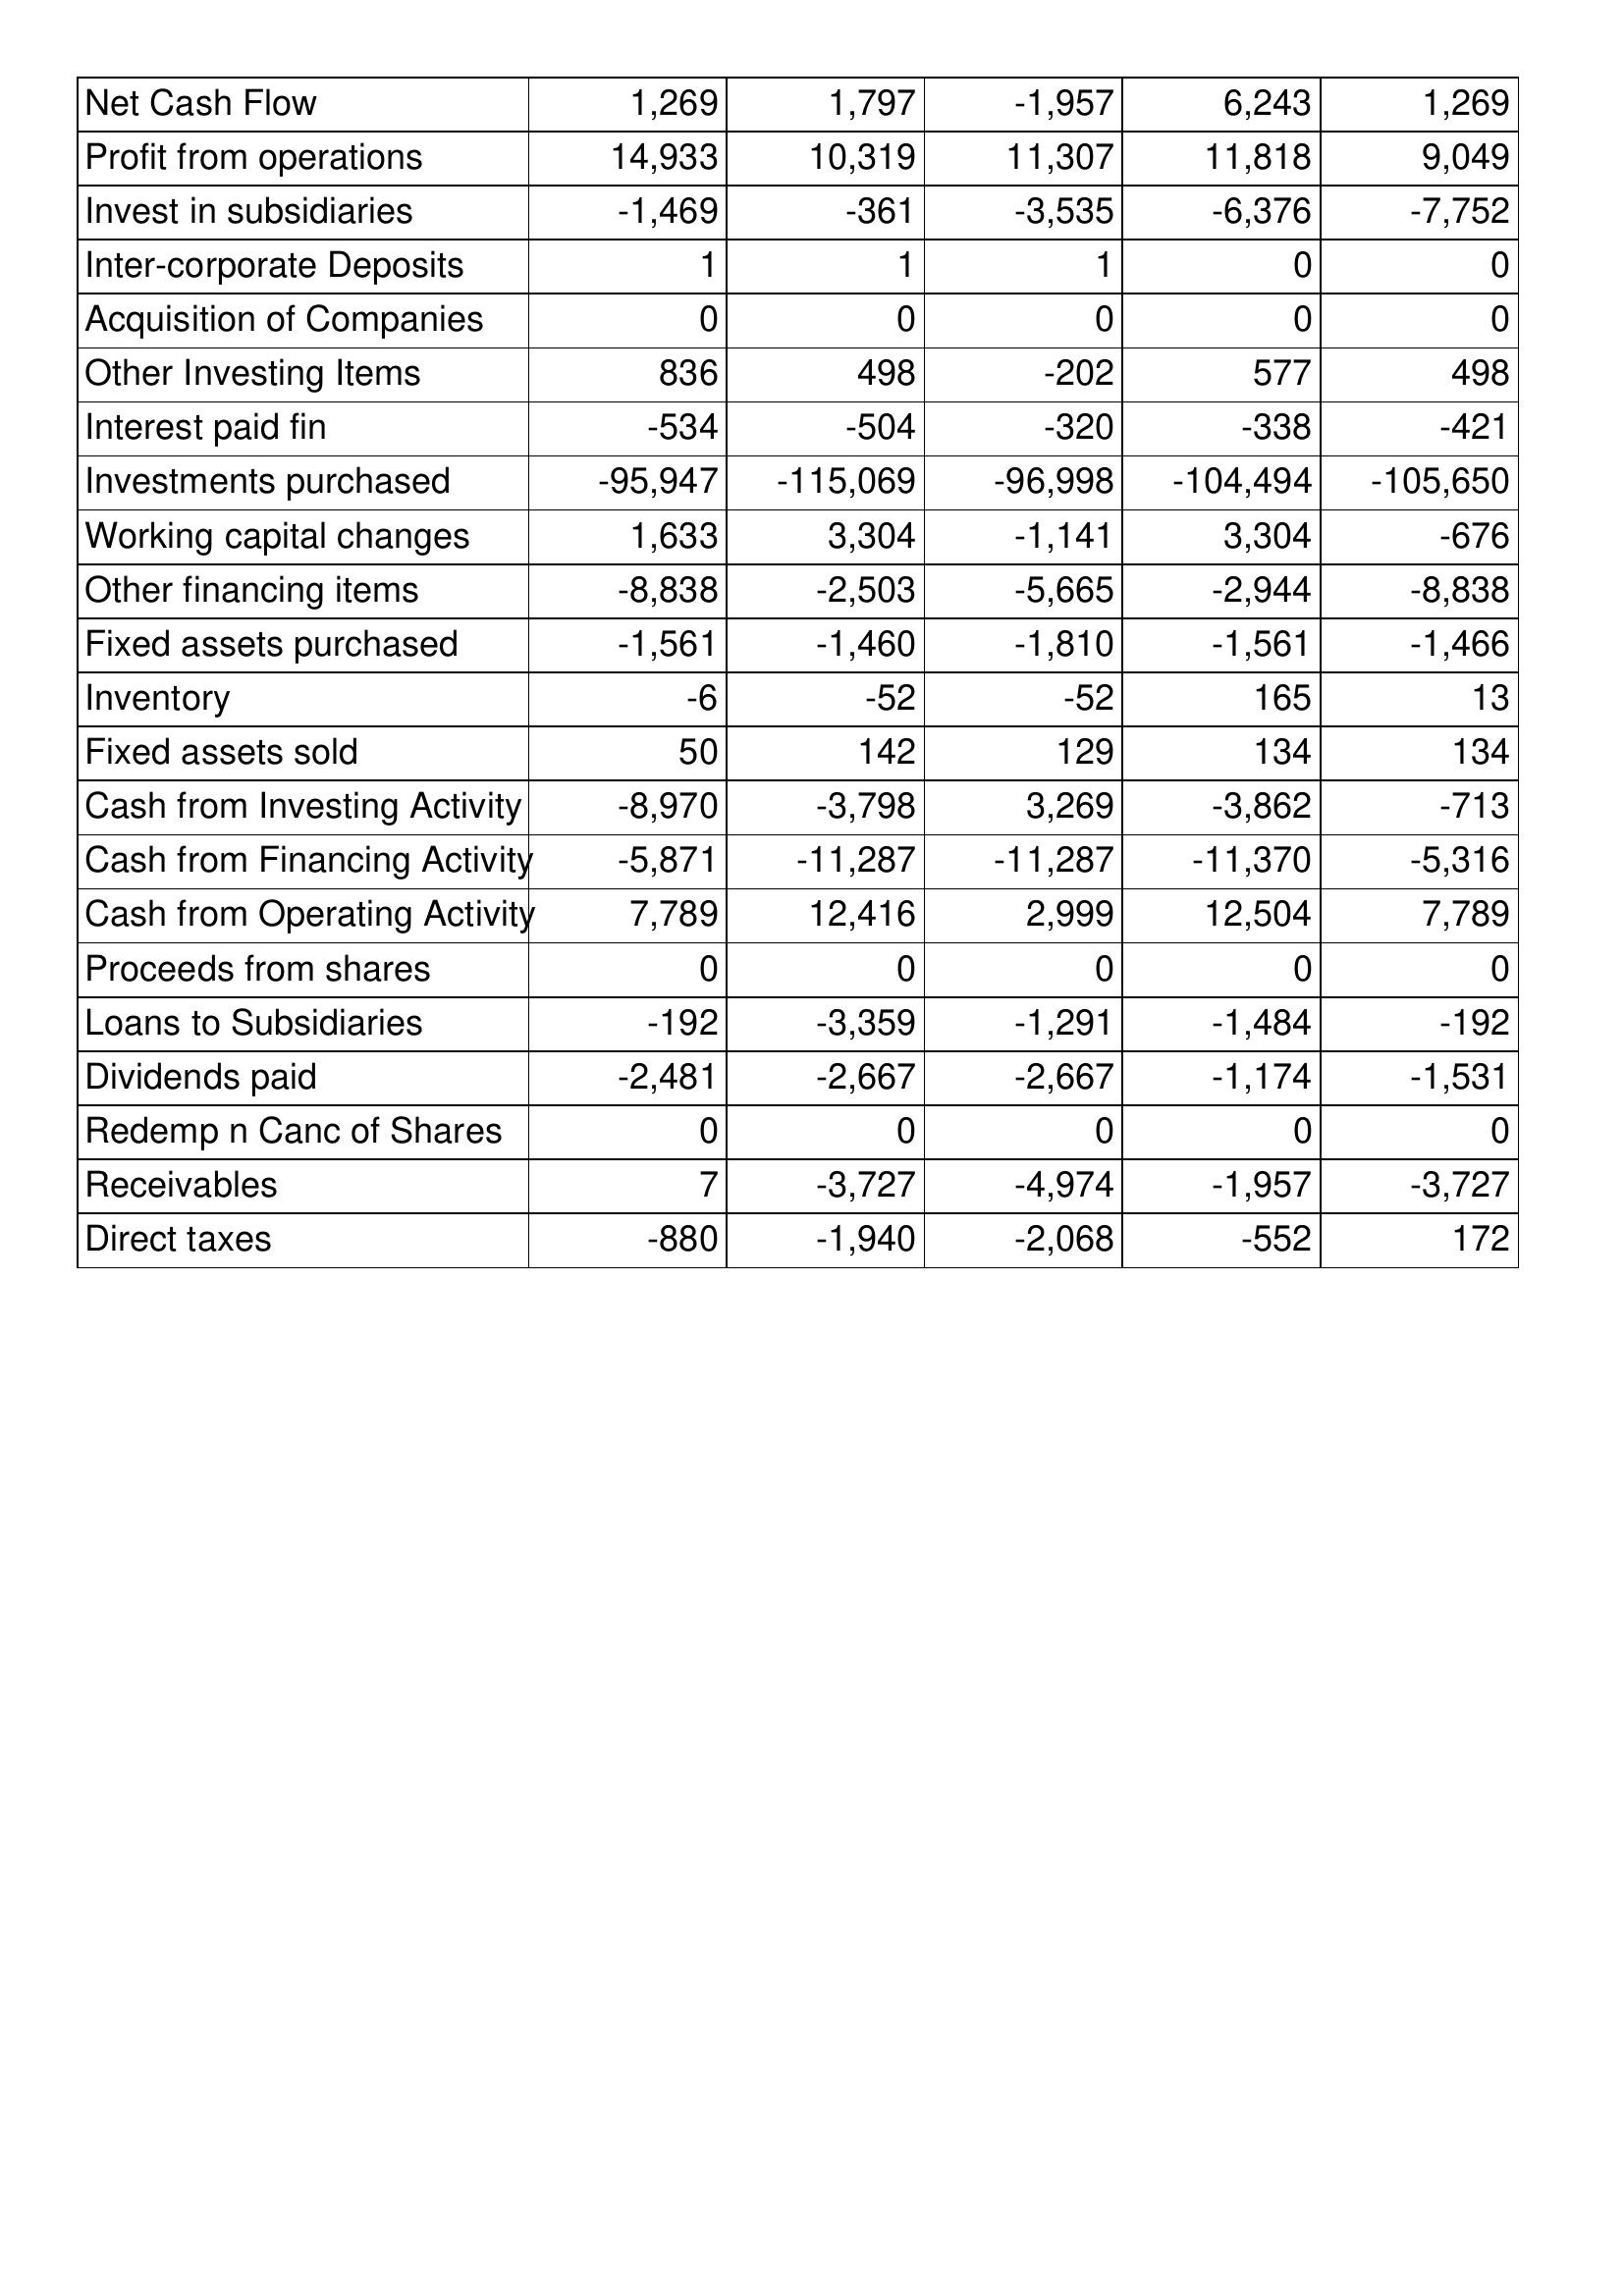
Mar-95: Cash Flows: Net Cash Flow: 1,269
Profit from operations: 14,933
Invest in subsidiaries: -1,469
Inter-corporate Deposits: 1
Acquisition of Companies: 0
Other Investing Items: 836
Interest paid fin: -534
Investments purchased: -95,947
Working capital changes: 1,633
Other financing items: -8,838
Fixed assets purchased: -1,561
Inventory: -6
Fixed assets sold: 50
Cash from Investing Activity: -8,970
Cash from Financing Activity: -5,871
Cash from Operating Activity: 7,789
Proceeds from shares: 0
Loans to Subsidiaries: -192
Dividends paid: -2,481
Redemp n Canc of Shares: 0
Receivables: 7
Direct taxes: -880
Mar-94: Cash Flows: Net Cash Flow: 1,797
Profit from operations: 10,319
Invest in subsidiaries: -361
Inter-corporate Deposits: 1
Acquisition of Companies: 0
Other Investing Items: 498
Interest paid fin: -504
Investments purchased: -115,069
Working capital changes: 3,304
Other financing items: -2,503
Fixed assets purchased: -1,460
Inventory: -52
Fixed assets sold: 142
Cash from Investing Activity: -3,798
Cash from Financing Activity: -11,287
Cash from Operating Activity: 12,416
Proceeds from shares: 0
Loans to Subsidiaries: -3,359
Dividends paid: -2,667
Redemp n Canc of Shares: 0
Receivables: -3,727
Direct taxes: -1,940
Mar-93: Cash Flows: Net Cash Flow: -1,957
Profit from operations: 11,307
Invest in subsidiaries: -3,535
Inter-corporate Deposits: 1
Acquisition of Companies: 0
Other Investing Items: -202
Interest paid fin: -320
Investments purchased: -96,998
Working capital changes: -1,141
Other financing items: -5,665
Fixed assets purchased: -1,810
Inventory: -52
Fixed assets sold: 129
Cash from Investing Activity: 3,269
Cash from Financing Activity: -11,287
Cash from Operating Activity: 2,999
Proceeds from shares: 0
Loans to Subsidiaries: -1,291
Dividends paid: -2,667
Redemp n Canc of Shares: 0
Receivables: -4,974
Direct taxes: -2,068
Mar-92: Cash Flows: Net Cash Flow: 6,243
Profit from operations: 11,818
Invest in subsidiaries: -6,376
Inter-corporate Deposits: 0
Acquisition of Companies: 0
Other Investing Items: 577
Interest paid fin: -338
Investments purchased: -104,494
Working capital changes: 3,304
Other financing items: -2,944
Fixed assets purchased: -1,561
Inventory: 165
Fixed assets sold: 134
Cash from Investing Activity: -3,862
Cash from Financing Activity: -11,370
Cash from Operating Activity: 12,504
Proceeds from shares: 0
Loans to Subsidiaries: -1,484
Dividends paid: -1,174
Redemp n Canc of Shares: 0
Receivables: -1,957
Direct taxes: -552
Mar-91: Cash Flows: Net Cash Flow: 1,269
Profit from operations: 9,049
Invest in subsidiaries: -7,752
Inter-corporate Deposits: 0
Acquisition of Companies: 0
Other Investing Items: 498
Interest paid fin: -421
Investments purchased: -105,650
Working capital changes: -676
Other financing items: -8,838
Fixed assets purchased: -1,466
Inventory: 13
Fixed assets sold: 134
Cash from Investing Activity: -713
Cash from Financing Activity: -5,316
Cash from Operating Activity: 7,789
Proceeds from shares: 0
Loans to Subsidiaries: -192
Dividends paid: -1,531
Redemp n Canc of Shares: 0
Receivables: -3,727
Direct taxes: 172